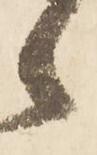
候